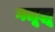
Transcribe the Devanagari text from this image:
गलूझू